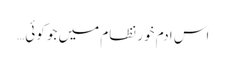
اس ادم خور نظام میں جو کوئی…